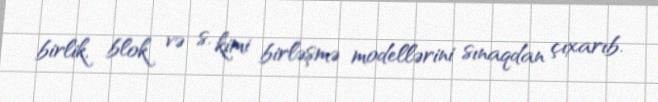
birlik, blok və s. kimi birləşmə modellərini sınaqdan çıxarıb.